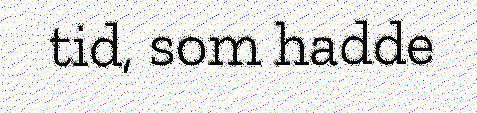
tid, som hadde